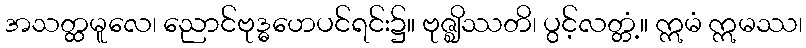
အသတ္ထမူလေ၊ ညောင်ဗုဒ္ဓဟေပင်ရင်း၌။ ဗုဇ္ဈိဿတိ၊ ပွင့်လတ္တံ့။ ဣမံ ဣမဿ၊